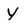
Character: Y